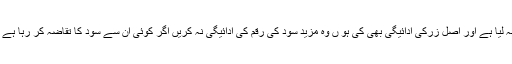
جس جس نے بھی قرضہ لیا ہے اور اصل زرکی ادائیگی بھی کی ہو ں وہ مزید سود کی رقم کی ادائیگی نہ کریں اگر کوئی ان سے سود کا تقاضہ کر رہا ہے تو ان کی نشاندہی کریں۔